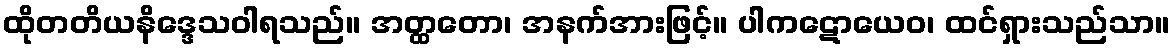
ထိုတတိယနိဒ္ဒေသဝါရသည်။ အတ္ထတော၊ အနက်အားဖြင့်။ ပါကဋောယေဝ၊ ထင်ရှားသည်သာ။